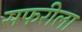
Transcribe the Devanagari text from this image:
सफरीला